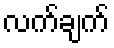
လက်ချက်